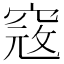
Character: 𥦲